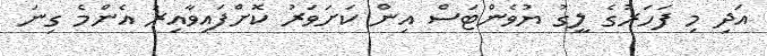
އަދި މި ފަހަރުގެ ލީގު ޔުވެންޓަސް އިން ކަށަވަރު ކޮށްފައިވާއިރު އެންމެ ގިނަ